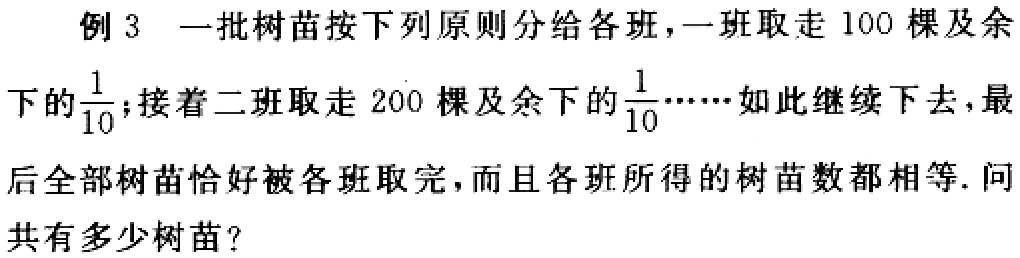
例 3 一批树苗按下列原则分给各班，一班取走 100 棵及余下的$\frac{1}{10}$；接着二班取走 200 棵及余下的$\frac{1}{10}$……如此继续下去，最后全部树苗恰好被各班取完，而且各班所得的树苗数都相等. 问共有多少树苗？